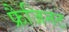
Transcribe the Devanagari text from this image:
फ्रैजिनट